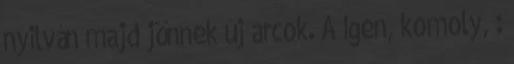
nyilván majd jönnek új arcok. A Igen, komoly, :